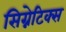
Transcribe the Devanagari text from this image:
सिग्नेटिक्स